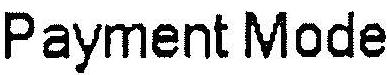
PAYMENT MODE